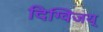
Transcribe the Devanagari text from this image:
दिग्विजय्